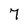
Character: 7